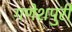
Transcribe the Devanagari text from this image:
गणेशपुरी